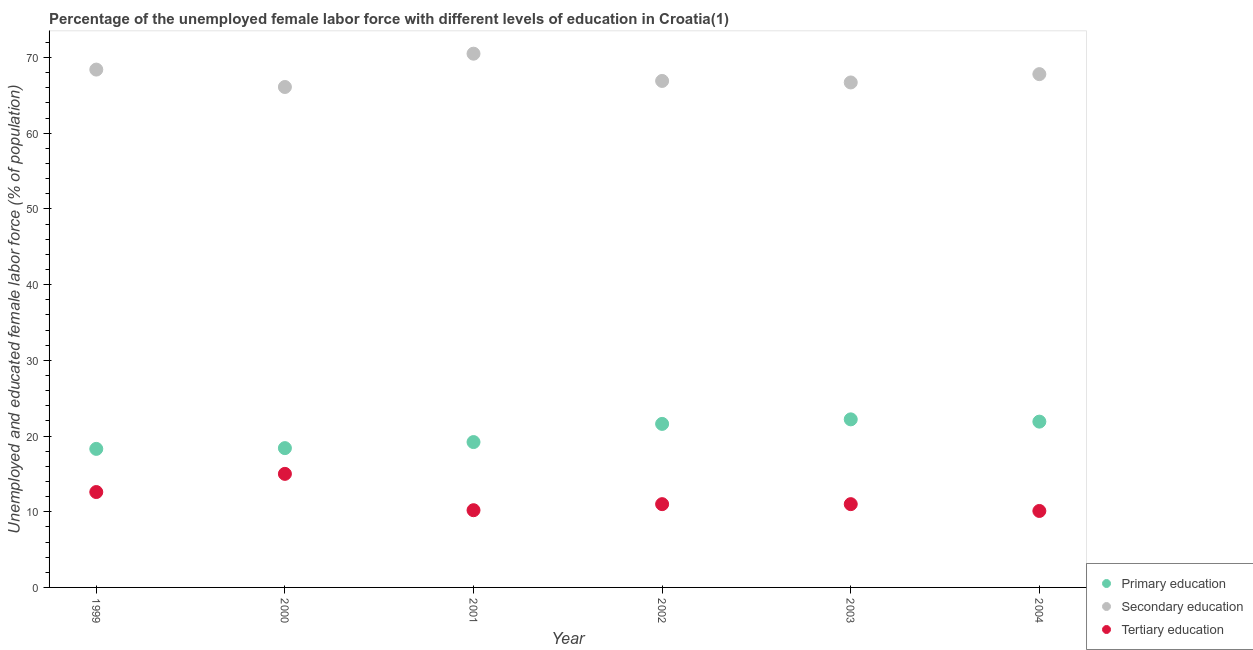
| Year | Primary education | Secondary education | Tertiary education |
 | --- | --- | --- | --- |
 | 1999 | 18.3 | 68.4 | 12.6 |
 | 2000 | 18.4 | 66.1 | 15 |
 | 2001 | 19.2 | 70.5 | 10.2 |
 | 2002 | 21.6 | 66.9 | 11 |
 | 2003 | 22.2 | 66.7 | 11 |
 | 2004 | 21.9 | 67.8 | 10.1 |